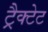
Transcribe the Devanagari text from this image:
ट्रैक्टेट